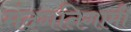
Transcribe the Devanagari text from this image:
मंदगतिगामी